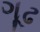
ગૂઢ